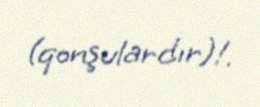
(qonşulardır)!.